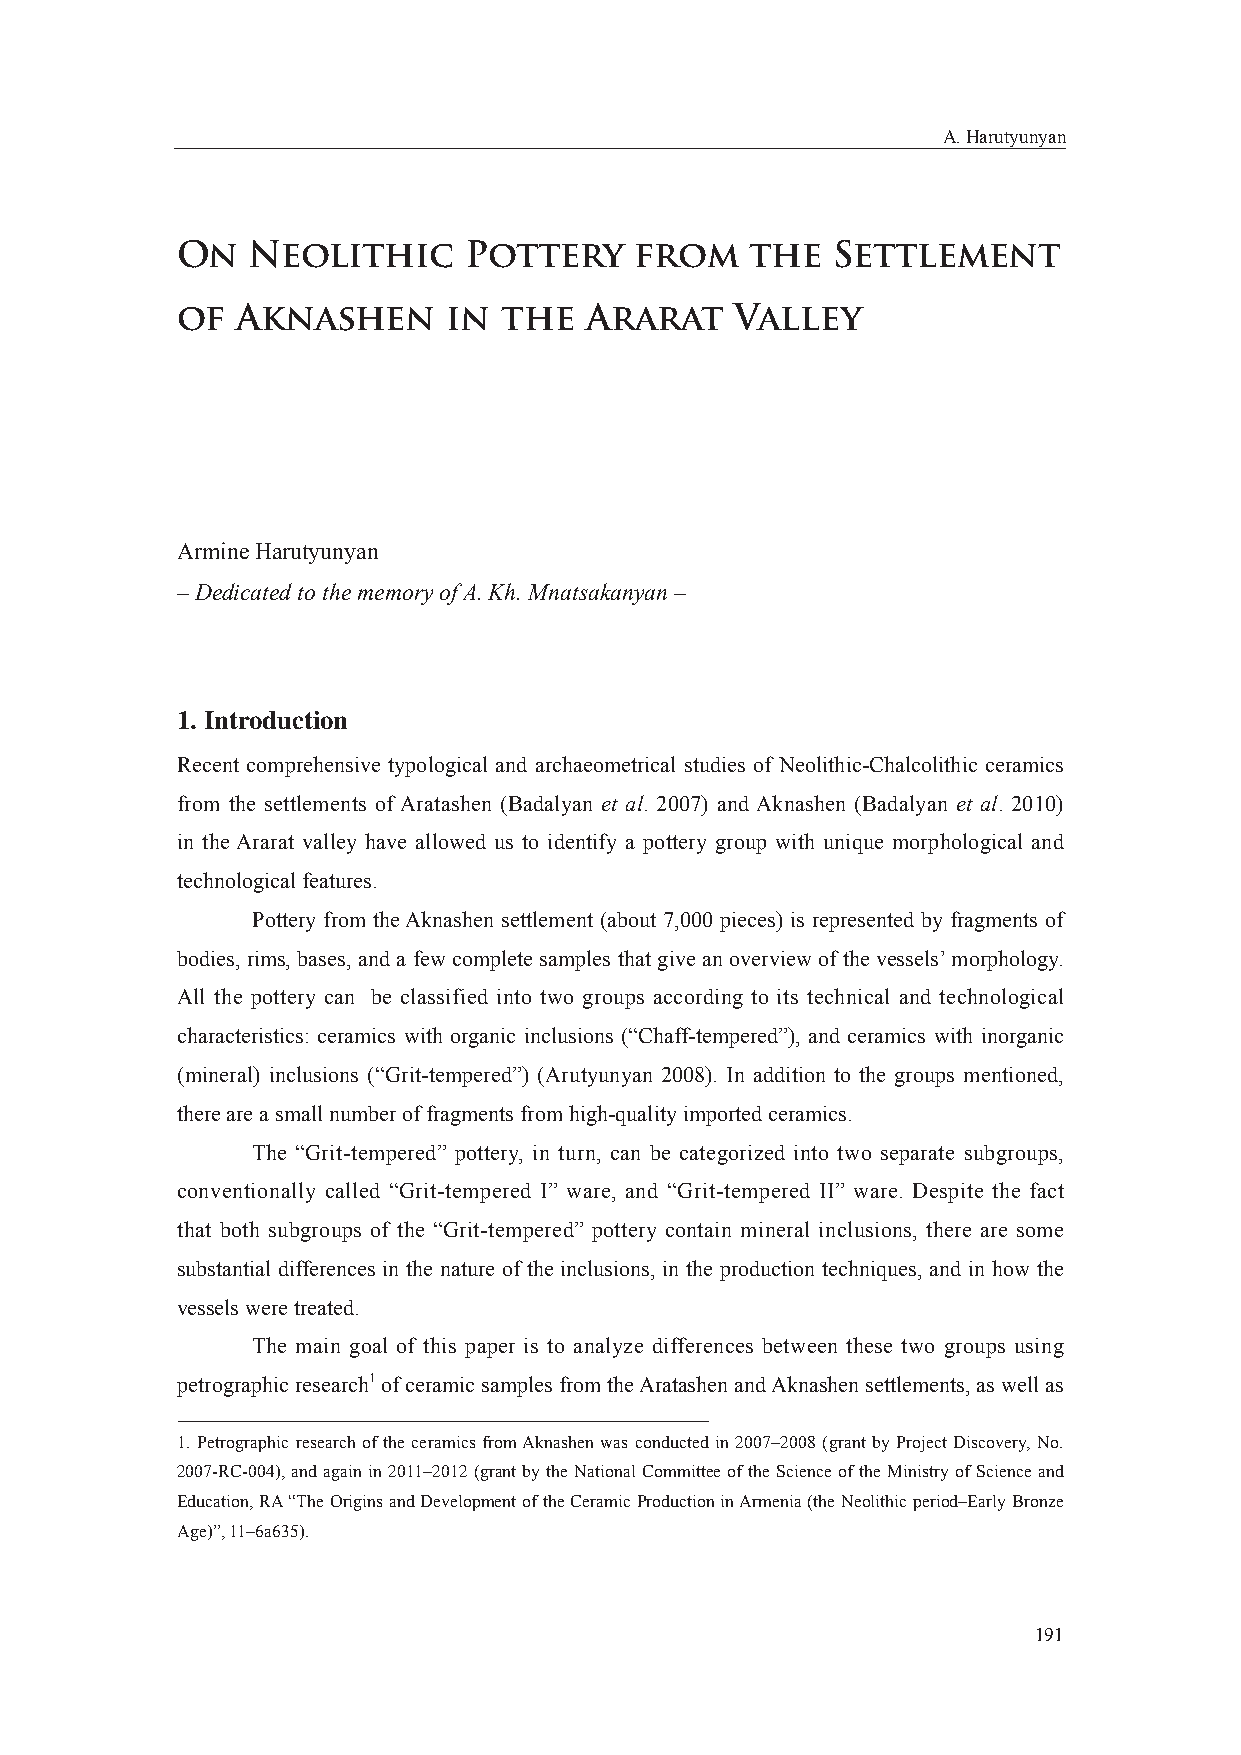
A. Harutyunyan
 On  Neolithic      Pottery    from    the  Settlement
 of  Aknashen      in the   Ararat    Valley
 Armine Harutyunyan
 – Dedicated to the memory of A. Kh. Mnatsakanyan –
 1. Introduction
 Recent comprehensive typological and archaeometrical studies of Neolithic-Chalcolithic ceramics
 from the settlements of Aratashen (Badalyan et al. 2007) and Aknashen (Badalyan et al. 2010)
 in the Ararat valley have allowed us to identify a pottery group with unique morphological and
 technological features.
 Pottery from the Aknashen settlement (about 7,000 pieces) is represented by fragments of
 bodies, rims, bases, and a few complete samples that give an overview of the vessels’ morphology.
 All the pottery can be classified into two groups according to its technical and technological
 characteristics: ceramics with organic inclusions (“Chaff-tempered”), and ceramics with inorganic
 (mineral) inclusions (“Grit-tempered”) (Arutyunyan 2008). In addition to the groups mentioned,
 there are a small number of fragments from high-quality imported ceramics.
 The “Grit-tempered” pottery, in turn, can be categorized into two separate subgroups,
 conventionally called “Grit-tempered I” ware, and “Grit-tempered II” ware. Despite the fact
 that both subgroups of the “Grit-tempered” pottery contain mineral inclusions, there are some
 substantial differences in the nature of the inclusions, in the production techniques, and in how the
 vessels were treated.
 The main goal of this paper is to analyze differences between these two groups using
 petrographic research1 of ceramic samples from the Aratashen and Aknashen settlements, as well as
 1. Petrographic research of the ceramics from Aknashen was conducted in 2007–2008 (grant by Project Discovery, No.
 2007-RC-004), and again in 2011–2012 (grant by the National Committee of the Science of the Ministry of Science and
 Education, RA “The Origins and Development of the Ceramic Production in Armenia (the Neolithic period–Early Bronze
 Age)”, 11–6a635).
 191